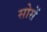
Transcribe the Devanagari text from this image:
सोसें